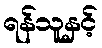
ရန်သူနှင့်